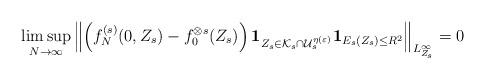
LaTeX: \begin{align*} \limsup_{N\rightarrow\infty}\left\Vert\left( f_N^{(s)} (0,Z_s)-f_0^{\otimes s} (Z_s)\right)\mathbf{1}_{Z_s \in \mathcal{K}_s \cap \mathcal{U}_s^{\eta(\varepsilon)}}\mathbf{1}_{E_s (Z_s) \leq R^2} \right\Vert_{L^\infty_{Z_s}} = 0\end{align*}